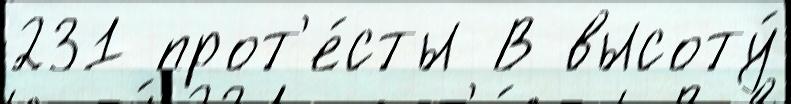
231 прот'е́сты В высоту́